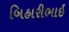
બિહારીભાઇ